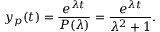
y _ { p } ( t ) = { \frac { e ^ { \lambda t } } { P ( \lambda ) } } = { \frac { e ^ { \lambda t } } { \lambda ^ { 2 } + 1 } } .